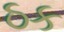
ઠક